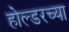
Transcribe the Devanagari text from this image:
होल्डरच्या